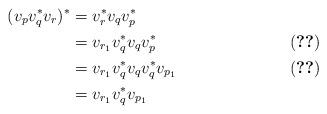
LaTeX: \begin{align*}(v_pv_q^*v_r)^* &= v_r^*v_qv_p^*\\&= v_{r_1}v_q^*v_qv_p^* &\eqref{eq:p*q1}\\&= v_{r_1}v_q^*v_qv_q^*v_{p_1}&\eqref{eq:pq*1}\\&= v_{r_1}v_q^*v_{p_1}\end{align*}